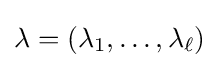
\lambda =(\lambda _{1},\ldots ,\lambda _{\ell })